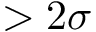
> 2 \sigma